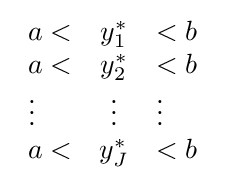
{\begin{array}{lcl}a<&y_{1}^{*}&<b\\a<&y_{2}^{*}&<b\\\vdots &\vdots &\vdots \\a<&y_{J}^{*}&<b\\\end{array}}